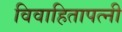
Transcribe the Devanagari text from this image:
विवाहितापत्नी